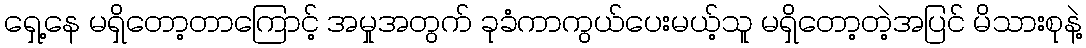
ရှေ့နေ မရှိတော့တာကြောင့် အမှုအတွက် ခုခံကာကွယ်ပေးမယ့်သူ မရှိတော့တဲ့အပြင် မိသားစုနဲ့